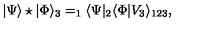
| \Psi \rangle \star | \Phi \rangle _ { 3 } = _ { 1 } \langle \Psi | _ { 2 } \langle \Phi | V _ { 3 } \rangle _ { 1 2 3 } ,